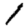
Digit: 1